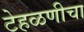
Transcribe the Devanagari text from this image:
टेहळणीचा